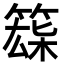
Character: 𥱘